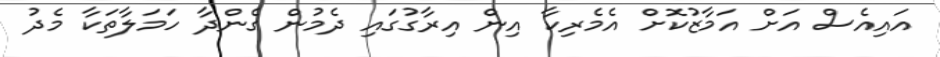
އައިއެސް އަށް އަމާޒުކޮށް އެމެރިކާ އިން އިރާގުގައި ދެމުން ގެންދާ ހަމަލާތަކާ މެދު